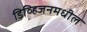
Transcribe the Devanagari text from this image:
डिव्हिजनमधील